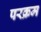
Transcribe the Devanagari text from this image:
परक्रम